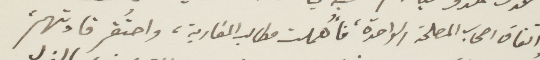
واتفاق اصحاب المصلحة الواحدة، فاهملت مطالب المغاربة، واحتقر قادتهم،